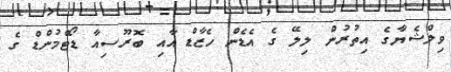
ވިލްޝެޔާގެ އިތުރުން ލިލޭ ގެ އެޑެން ހެޒާޑް އާއި ބޮރޫސިއާ ޑޯޓްމުންޑް ގެ